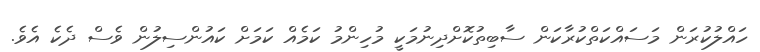
ހައްލުކުރަން މަސައްކަތްކުރާކަން ސާބިތުކޮށްދިނުމަކީ މުހިންމު ކަމެއް ކަމަށް ކައުންސިލުން ވެސް ދެކެ އެވެ.